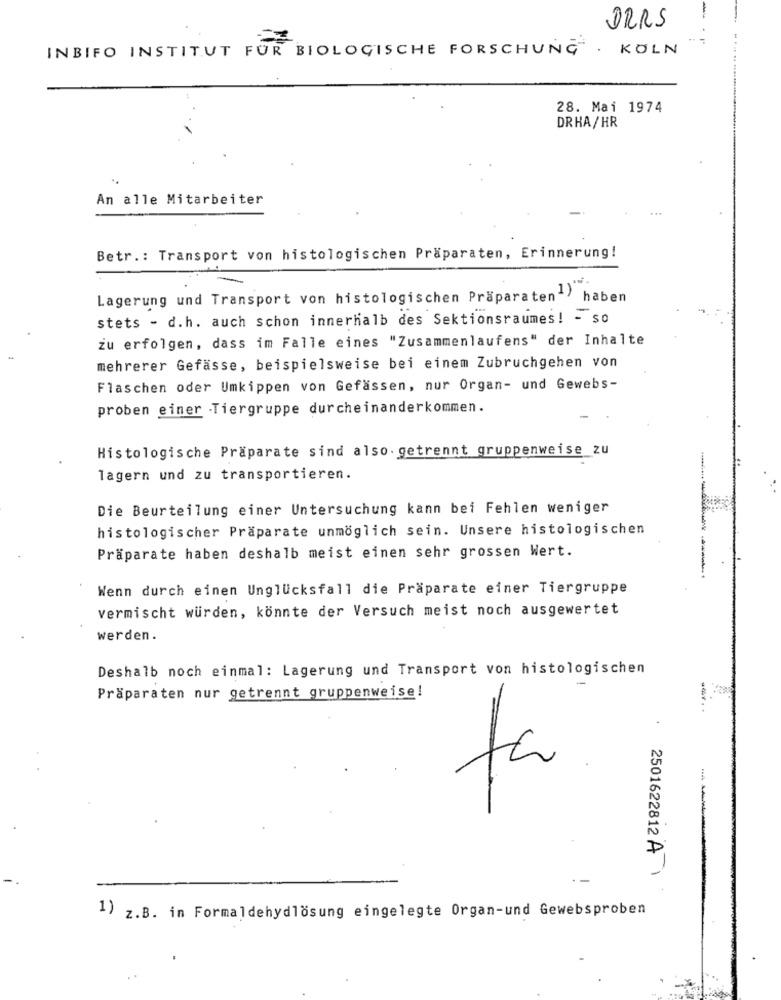
DRRS
INBIFO INSTITUT FUR BIOLOGISCHE FORSCHUNG . KOLN
28. Mai 1974
DRHA/HR
An alle Mitarbeiter
Betr .: Transport von histologischen Präparaten, Erinnerung!
Lagerung und Transport von histologischen Präparaten"> haben
stets - d.h. auch schon innerhalb des Sektionsraumes! - so
żu erfolgen, dass im Falle eines "Zusammenlaufens" der Inhalte
mehrerer Gefässe, beispielsweise bei einem Zubruchgehen von
Flaschen oder Umkippen von Gefassen, nur Organ- und Gewebs-
proben einer Tiergruppe durcheinanderkommen.
Histologische Präparate sind also. getrennt gruppenweise_zu
lagern und zu transportieren.
Die Beurteilung einer Untersuchung kann bei Fehlen weniger
histologischer Präparate unmöglich sein. Unsere histologischen
Präparate haben deshalb meist einen sehr grossen Wert.
Wenn durch einen Unglücksfall die Präparate einer Tiergruppe
Vermischt würden, könnte der Versuch meist noch ausgewertet
werden.
Deshalb noch einmal: Lagerung und Transport von histologischen
-
Präparaten nur getrennt gruppenweise!
ta
2501622812 A
.-
1) z.B. in Formaldehydlösung eingelegte Organ-und Gewebsproben